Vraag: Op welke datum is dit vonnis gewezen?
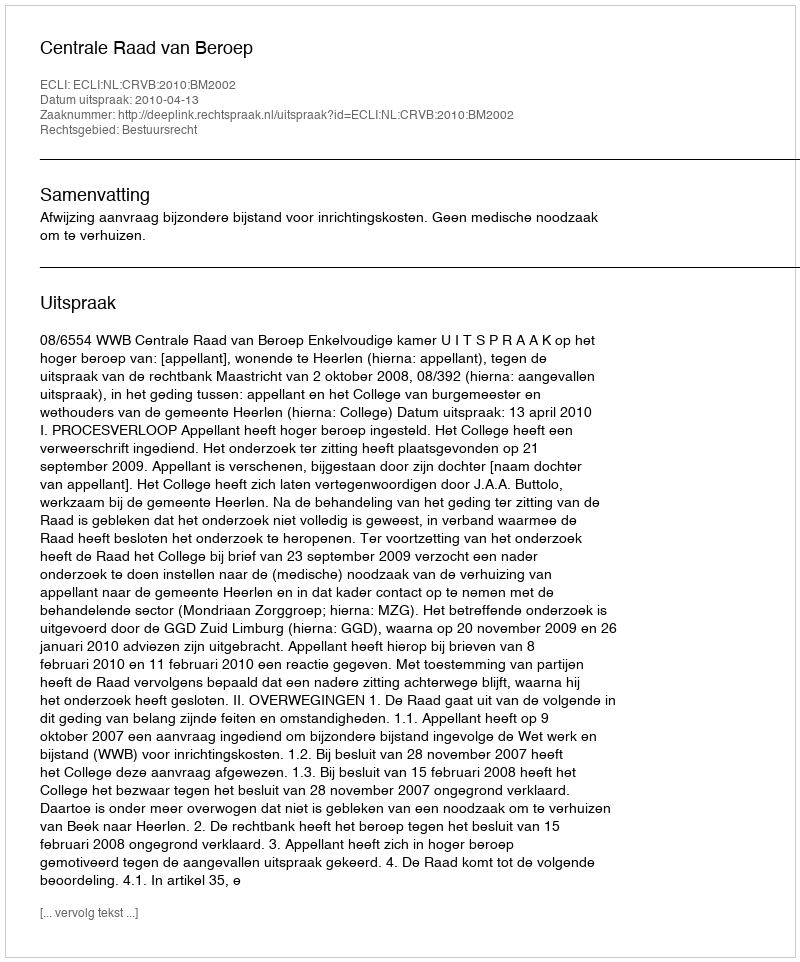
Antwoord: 2010-04-13